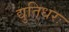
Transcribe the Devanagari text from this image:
द्युतिधरः